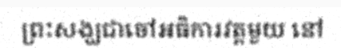
ព្រះសង្ឃជាចៅអធិការវត្តមួយ នៅ